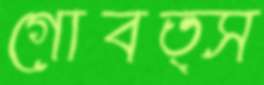
গোবত্স